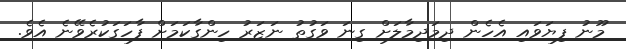
މޫނު ފިޔަވައި އެހެން ދިމަދިމާލަށް ގިނަ ވަގުތު ނަޒަރު ހިންގާކަމަށް ފާހަގަކުރެވޭނެ އެވެ.